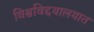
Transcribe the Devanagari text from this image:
विश्वविद्दयालयात